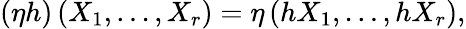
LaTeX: (\eta h)\left(X_{1},\dots,X_{r}\right)=\eta\left(hX_{1},\dots,hX_{r}\right),